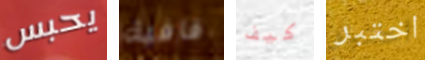
يحبس قافية كيف اختبر